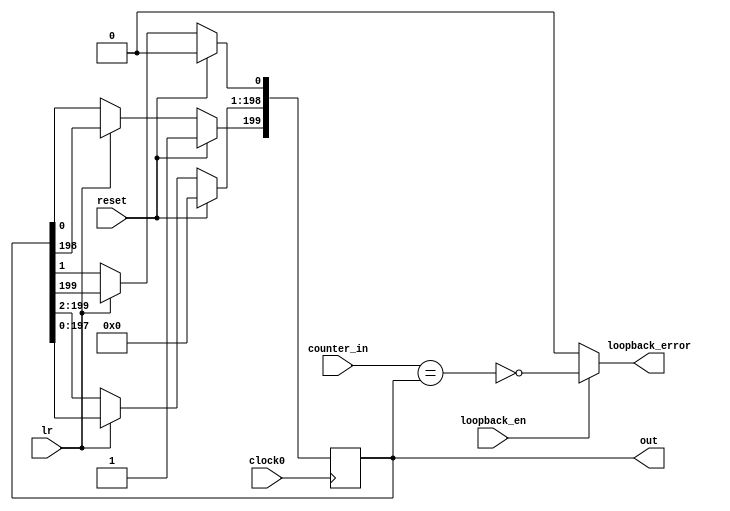
//-------------------------------------------------------
//  Functionality: An n-bit synchronous left-right shift ring counter 
//-------------------------------------------------------
`define REGISTER_WIDTH 200

module ring_counter ( 
  input wire clock0,                  
  input wire reset,
  input wire lr,
	input wire loopback_en,
	input wire [`REGISTER_WIDTH - 1:0] counter_in,
	output wire loopback_error,
  output reg [`REGISTER_WIDTH - 1:0] out
);

  assign loopback_error = loopback_en? (~(counter_in == out)):1'b0;

  always @(posedge clock0) begin
    if(reset)begin
      out <= {1'b1,{(`REGISTER_WIDTH - 1){1'b0}}};
    end else begin
      if(lr == 1)begin // left shift
        out[0]                    <= out[`REGISTER_WIDTH - 1];
        out[`REGISTER_WIDTH - 1:1] <= out[`REGISTER_WIDTH - 2:0];
      end else if (lr == 0) begin // right shift
        out[`REGISTER_WIDTH - 1]   <= out[0];
        out[`REGISTER_WIDTH - 2:0] <= out[`REGISTER_WIDTH - 1:1];
      end else begin
        out <= out;
      end
    end
  end

	// always @(posedge clock0) begin
  //   if(reset)begin
  //     loopback_error <= 1'b0;
  //   end else begin
  //   	if(loopback_en == 1)begin // loopback_enable
  //   	  if (counter_in == out)
	// 				loopback_error = 1'b0;
	// 			else
	// 				loopback_error = 1'b1;	
  //   	end
	// 	end
	// end
      
endmodule